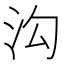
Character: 沟